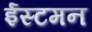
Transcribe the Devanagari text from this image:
ईस्टमन